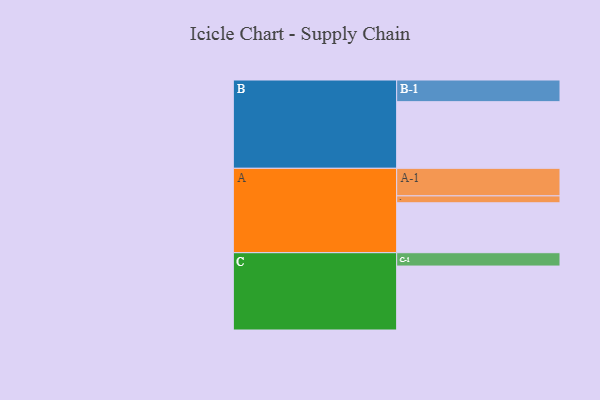
{"axis": {"x": "Segment", "y": "Value"}, "legend": ["", "A", "B", "C"], "data": [{"x": "A", "y": 449, "type": ""}, {"x": "B", "y": 599, "type": ""}, {"x": "C", "y": 575, "type": ""}, {"x": "A-1", "y": 248, "type": "A"}, {"x": "A-2", "y": 62, "type": "A"}, {"x": "B-1", "y": 195, "type": "B"}, {"x": "C-1", "y": 120, "type": "C"}]}